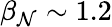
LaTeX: \beta_{\mathcal{N}}\sim1.2